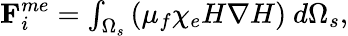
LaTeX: \begin{array}{r}{\textbf{F}_{i}^{me}=\int_{\Omega_{s}}\left(\mu_{f}\chi_{e}H\nabla H\right)~d\Omega_{s},}\end{array}